Indian journal of veterinary science and animal husbandry - Volume 2,
Year: 1932
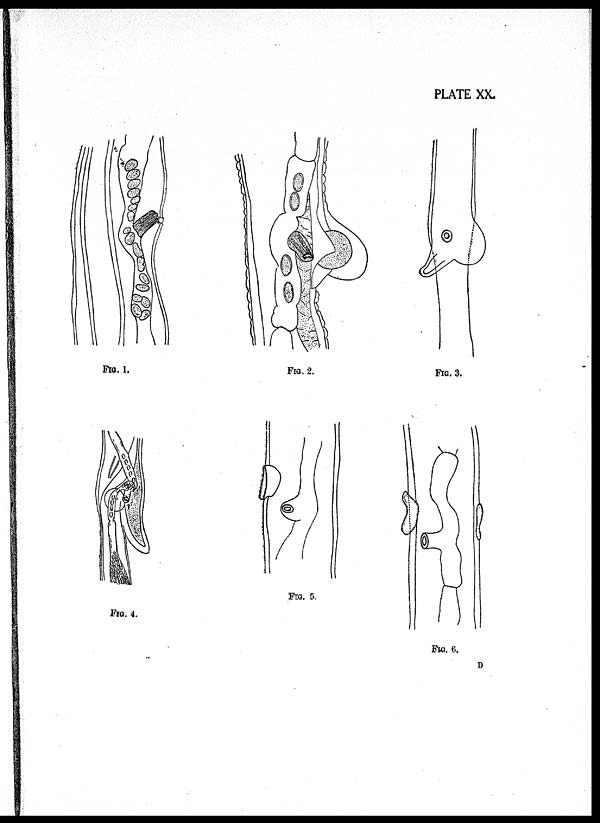
PLATE XX.
FIG. 1.
FIG. 2.
FIG. 3.
FIG. 4.
FIG. 5.
FIG. 6.
D